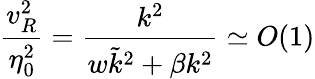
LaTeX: {\frac{v_{R}^{2}}{\eta_{0}^{2}}}={\frac{k^{2}}{w\tilde{k}^{2}+\beta k^{2}}}\simeq O(1)